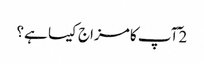
2 ٓآپ کا مزاج کیسا ہے؟